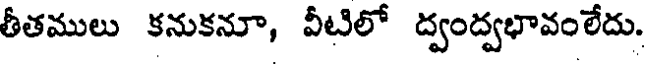
తీతములు కనుకనూ, వీటిలో ద్వంద్వభావంలేదు.